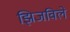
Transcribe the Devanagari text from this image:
झिजविले